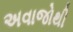
અવાજોથી